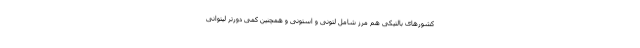
کشورهای بالتیکی هم مرز شامل لتونی و استونی و همچنین کمی دورتر لیتوانی